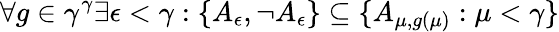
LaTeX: \forall g\in\gamma^{\gamma}\exists\epsilon<\gamma:\{ A_{\epsilon},\neg A_{\epsilon}\} \subseteq\{ A_{\mu,g(\mu)}:\mu<\gamma\}